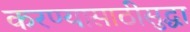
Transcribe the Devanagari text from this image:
करण्यासाठीसुद्धा